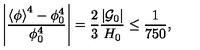
\left| \frac { \left< \phi \right> ^ { 4 } - \phi _ { 0 } ^ { 4 } } { \phi _ { 0 } ^ { 4 } } \right| = { \frac { 2 } { 3 } } { \frac { \left| { \cal G } _ { 0 } \right| } { H _ { 0 } } } \leq { \frac { 1 } { 7 5 0 } } ,